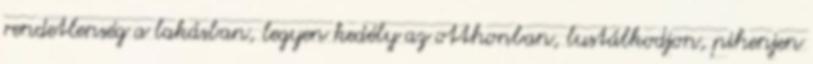
rendetlenség a lakásban, legyen kedély az otthonban, lustálkodjon, pihenjen